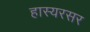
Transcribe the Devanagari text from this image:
हास्यरसर